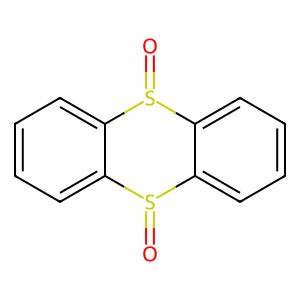
SMILES: O=S1c2ccccc2S(=O)c2ccccc21
Inhibits HIV replication: No